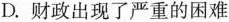
D.财政出现了严重的困难